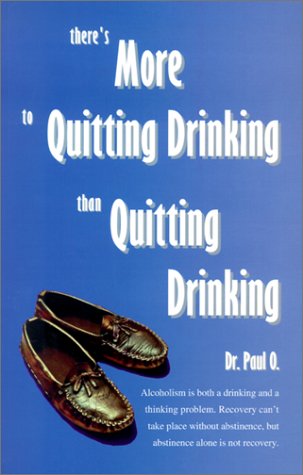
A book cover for There's More to Quitting Drinking Than Quitting Drinking; Paul O; Health, Fitness & Dieting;